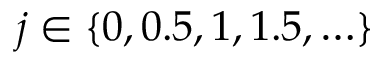
j \in \{ 0 , 0 . 5 , 1 , 1 . 5 , \ldots \}